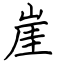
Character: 崖